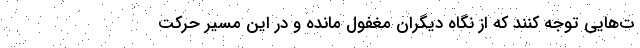
ت‌هایی توجه کنند که از نگاه دیگران مغفول مانده و در این مسیر حرکت